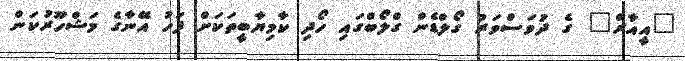
"އީއާރް" ގެ ދުވަސްވަރު ގޯލްޑެން ގްލޯބްގައި ހޯދި ކާމިޔާބީތަކަށް ފަހު އޭނާގެ މަޝްހޫރުކަން